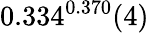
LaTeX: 0.334^{0.370}(4)